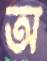
অ